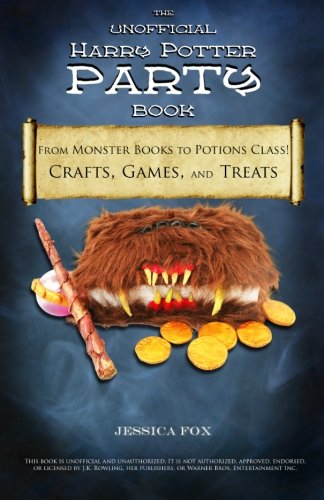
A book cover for The Unofficial Harry Potter Party Book: From Monster Books to Potions Class!: Crafts, Games, and Treats for the Ultimate Harry Potter Party; Jessica Fox; Crafts, Hobbies & Home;